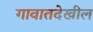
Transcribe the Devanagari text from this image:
गावातदेखील